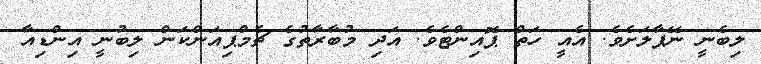
ލިބެނީ ނޭޕާލަށެވެ. އެއީ ހަތް ޕޮއިންޓެވެ. އަދި މުބާރާތުގެ ޗެމްޕިއަންކަން ލިބުނީ އިންޑިއާ